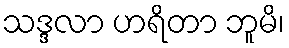
သဒ္ဒလာ ဟရိတာ ဘူမိ၊